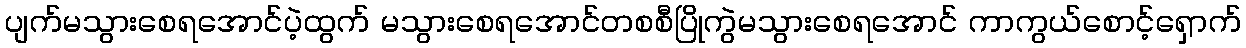
ပျက်မသွားစေရအောင်ပဲ့ထွက် မသွားစေရအောင်တစစီပြိုကွဲမသွားစေရအောင် ကာကွယ်စောင့်ရှောက်